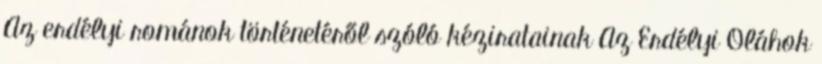
Az erdélyi románok történetéről szóló kéziratainak Az Erdélyi Oláhok